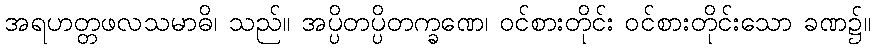
အရဟတ္တဖလသမာဓိ၊ သည်။ အပ္ပိတပ္ပိတက္ခဏေ၊ ဝင်စားတိုင်း ဝင်စားတိုင်းသော ခဏ၌။